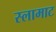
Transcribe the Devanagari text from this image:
स्लामाट